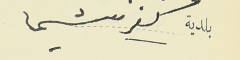
بلدية كفرشيما